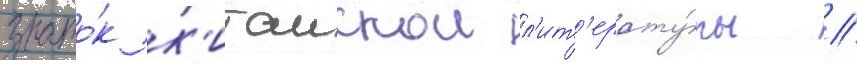
знато́к к'итаискои л'ит'ерату́ры //